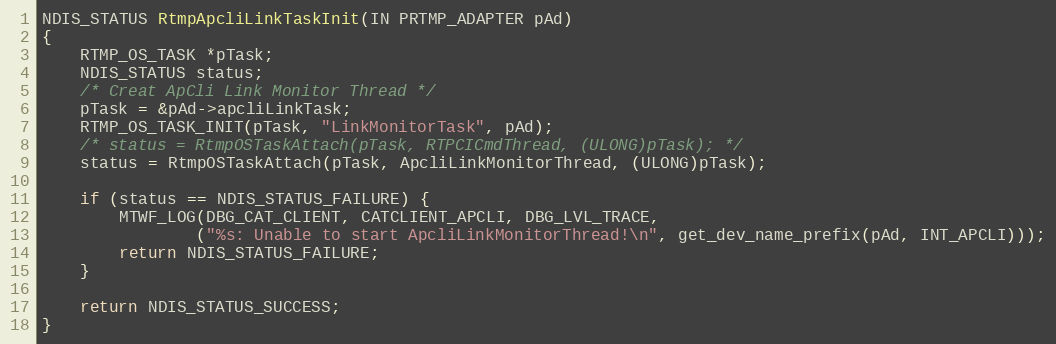
Language: C
NDIS_STATUS RtmpApcliLinkTaskInit(IN PRTMP_ADAPTER pAd)
{
	RTMP_OS_TASK *pTask;
	NDIS_STATUS status;
	/* Creat ApCli Link Monitor Thread */
	pTask = &pAd->apcliLinkTask;
	RTMP_OS_TASK_INIT(pTask, "LinkMonitorTask", pAd);
	/* status = RtmpOSTaskAttach(pTask, RTPCICmdThread, (ULONG)pTask); */
	status = RtmpOSTaskAttach(pTask, ApcliLinkMonitorThread, (ULONG)pTask);

	if (status == NDIS_STATUS_FAILURE) {
		MTWF_LOG(DBG_CAT_CLIENT, CATCLIENT_APCLI, DBG_LVL_TRACE,
				("%s: Unable to start ApcliLinkMonitorThread!\n", get_dev_name_prefix(pAd, INT_APCLI)));
		return NDIS_STATUS_FAILURE;
	}

	return NDIS_STATUS_SUCCESS;
}